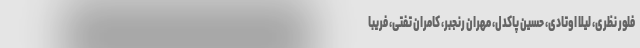
فلور نظری، لیلا اوتادی، حسین پاکدل، مهران رنجبر، کامران تفتی، فریبا